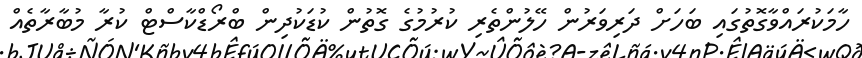
ހާމަކުރައްވާގޮތުގައި ބަހަށް ދަރިވަރުން ހޭލުންތެރި ކުރުމުގެ ގޮތުން ކުޑަކުދިން ބްރޯޑްކާސްޓް ކުރާ މުބާރާތެއް